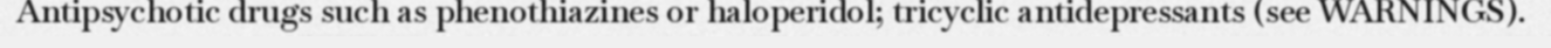
Antipsychotic drugs such as phenothiazines or haloperidol; tricyclic antidepressants (see WARNINGS).